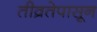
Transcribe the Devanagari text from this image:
तीव्रतेपासून